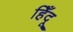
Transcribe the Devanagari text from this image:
हिँदू